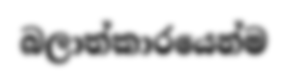
බලාත්කාරයෙන්ම